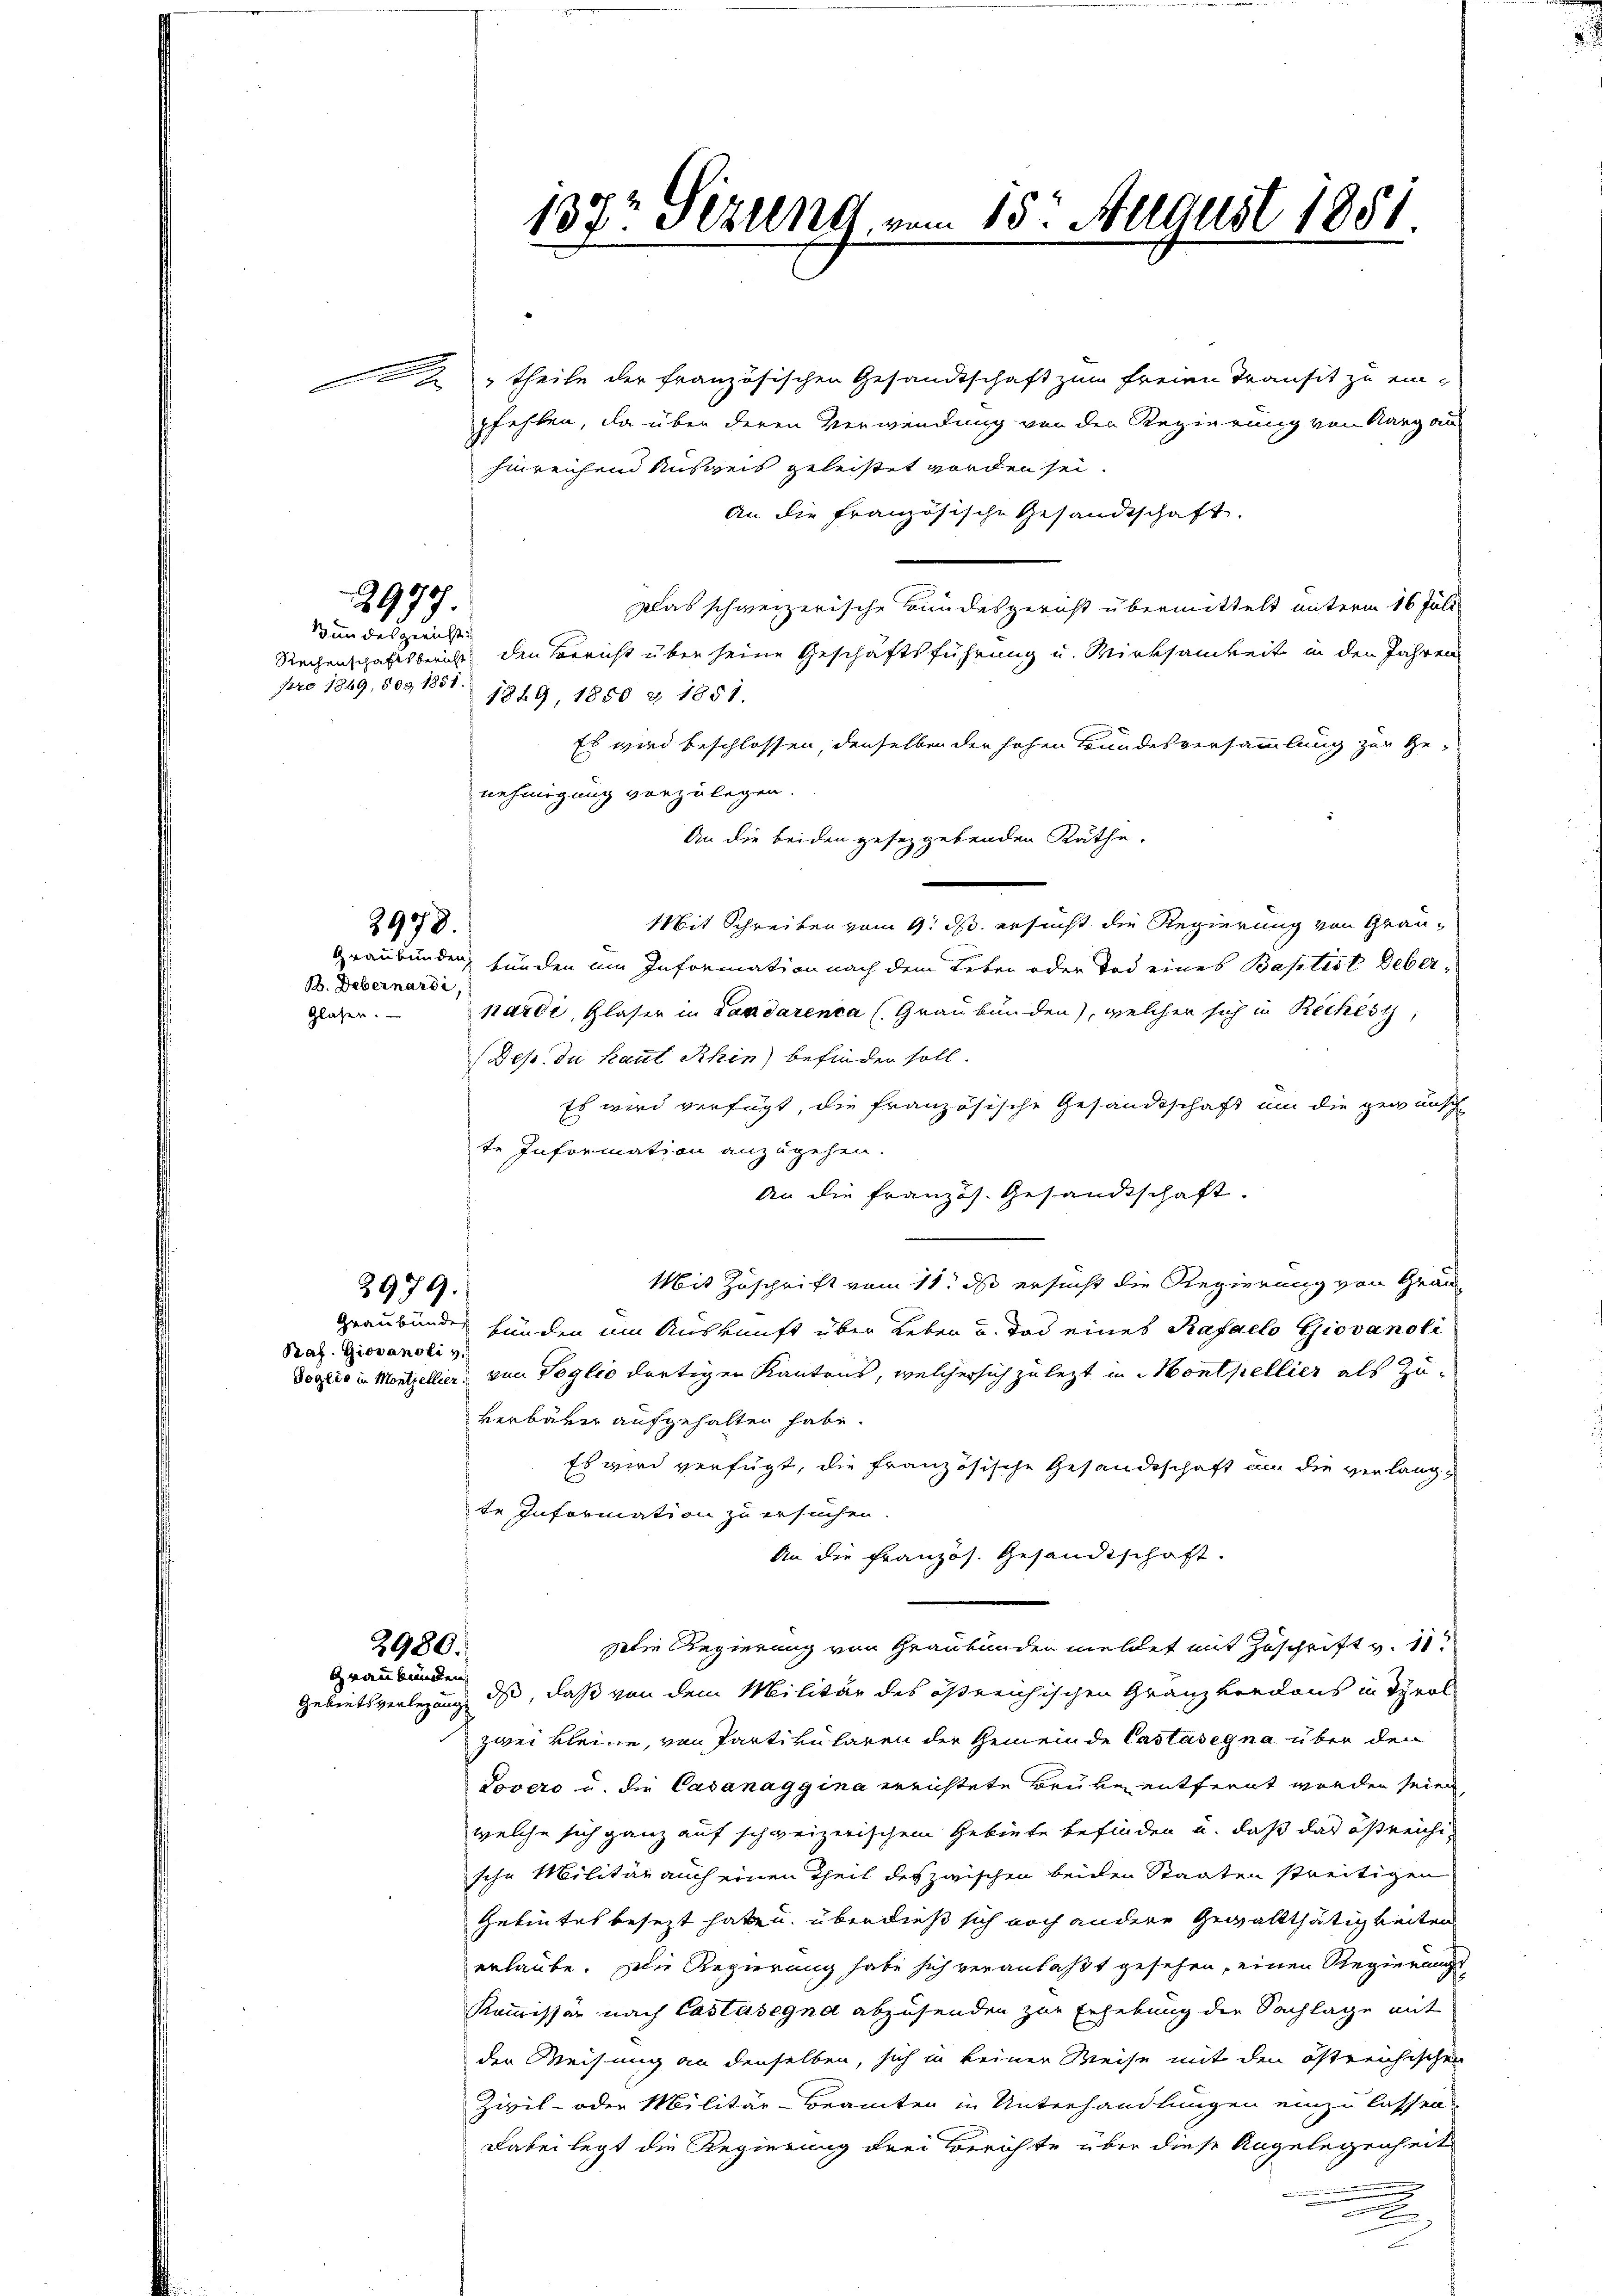
2979.

Bundesgericht
Rechenschaftsbericht
pro 1869, 509 1851

2978.
B. Debernardi

Gläser.

2979.

Praf. Giovanoli v.

2980.
Graubünden

137t Sezung vom 15. August 1851.

2 theile der französischen Gesandtschaft zum freien Transit zu einpfehlen, da über deren Verwendung von der Regierung von Aargau
hinreichend Ausweis geleistet worden sei.
An die französische Gesandtschaft.
Das schweizerische Bundesgericht übermittelt unterm 16 Juli
den Bericht über seine Geschäftsführung u. Wirksamkeit in den Jahren
1849, 1850 & 1851.
Es wird beschlossen, denselben der hohen Bundesversammlung zur Ge-
nehmigung vorzulegen.
An die beiden gesetzgebenden Räthe.
Mit Schreiben vom 9. ds. ersucht die Regierung von Grau¬
Graubünden, funden um Information nach dem Leben oder Tod eines Baptist Deberpardi, Glaser in Landarenca (Graubünden), welcher sich in Rechtst
Des. Du kaut Rhin) befinden soll.
Es wird verfügt, die französische Gesandtschaft um die gewünsch
te Information anzugehen.
An die französ. Gesandtschaft.
Mit Zuschrift vom 11. ds ersucht die Regierung von Grau-
Graubünden funden um Auskunft über Leben u. Tod eines Rafacto Giovanoli
Doglio in Mentzellier von Soglio dortigen Kantons, welcher sich zu lezt in Monthellier als Zuverbarer aufgehalten habe.
Es wird verfügt, die französische Gesandtschaft um die verlangte Information zu ersuchen.
An die Französ. Gesandtschaft.
Die Regierung von Graubünden meldet mit Zuschrift v. 11t
Gebietsverlegung ds, daß von dem Militär des östreichischen Granz verdons in Tyralzwei kleine, von Partikularen der Gemeinde Castasegna über den
Lovero u. die Casanaggina errichtete Bruve entfernt worden seien,
welche sich ganz auf schweizerischem Gebiete befinden u. daß das östreichische Militär auch einen Theil des zwischen beiden Staaten streitigen
Gebietes besezt haben, überdieß sich noch andere Gewaltthätigkeiten
erlaube. Die Regierung habe sich veranlaßt gesehen, einen Regierungs
Kommissär nach Castasegna abzusenden zur Erhebung der Sachlage mit
der Weisung an denselben, sich in keiner Weise mit den östreichischen
Zivil- oder Militär-Beamten in Unterhandlungen einzulassen
Dabei legt die Regierung drei Berichte über diese Angelegenheit
.
.
.